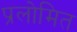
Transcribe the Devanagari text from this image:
प्रलोमित